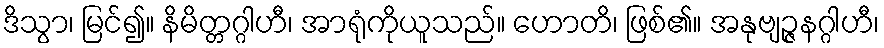
ဒိသွာ၊ မြင်၍။ နိမိတ္တဂ္ဂါဟီ၊ အာရုံကိုယူသည်။ ဟောတိ၊ ဖြစ်၏။ အနုဗျဉ္ဇနဂ္ဂါဟီ၊